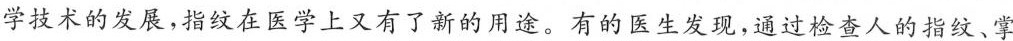
学技术的发展，指纹在医学上又有了新的用途。有的医生发现，通过检查人的指纹、掌